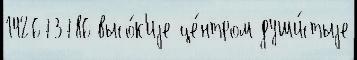
142673786 высо́к'иjе це́нтром души́стыjе